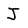
Character: J